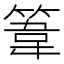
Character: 𥯤